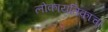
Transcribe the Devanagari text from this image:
लोकायतिकाचा